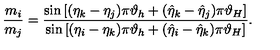
\frac { m _ { i } } { m _ { j } } = \frac { \sin \left[ ( \eta _ { k } - \eta _ { j } ) \pi \vartheta _ { h } + ( \hat { \eta } _ { k } - \hat { \eta } _ { j } ) \pi \vartheta _ { H } \right] } { \sin \left[ ( \eta _ { i } - \eta _ { k } ) \pi \vartheta _ { h } + ( \hat { \eta } _ { i } - \hat { \eta } _ { k } ) \pi \vartheta _ { H } \right] } .